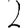
Digit: 2